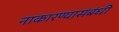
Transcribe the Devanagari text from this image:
नाकारण्यासंबंधी